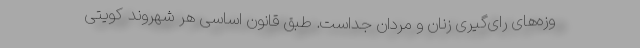
وزه‌های رای‌گیری زنان و مردان جداست. طبق قانون اساسی هر شهروند کویتی